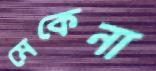
মেকেনা